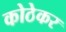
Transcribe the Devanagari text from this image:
कोठेकर